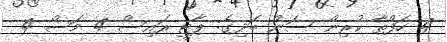
4 ހަފްތާ ކުރިން ސަން ބަދިގެ: ޕާޓީ ރައިސް 4 މަސް 4